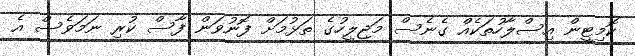
ކޮމިޓީން އިސްލާހުތަކެއް ގެނެސް މަޖިލީހުގެ ތަޅުމަށް ފޮނުވަން ފާސް ކުރި ނަމަވެސް އެ